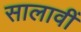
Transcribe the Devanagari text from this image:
सालावीं